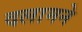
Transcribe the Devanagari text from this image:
दलामने